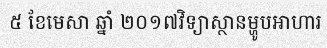
៥ ខែមេសា ឆ្នាំ ២០១៧វិទ្យាស្ថានម្ហូបអាហារ